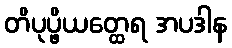
တိပုပ္ဖိယတ္ထေရ အပဒါန